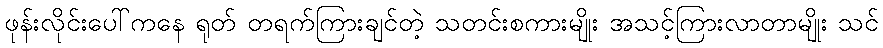
ဖုန်းလိုင်းပေါ်ကနေ ရုတ် တရက်ကြားချင်တဲ့ သတင်းစကားမျိုး အသင့်ကြားလာတာမျိုး သင်